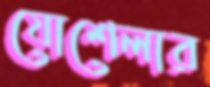
যোশেলার